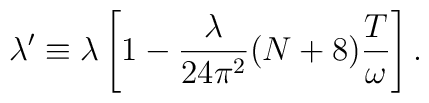
\lambda' \equiv \lambda \left[ 1 - \frac{\lambda}{2 4 \pi^2} (N + 8) \frac{T}{\omega} \right] .